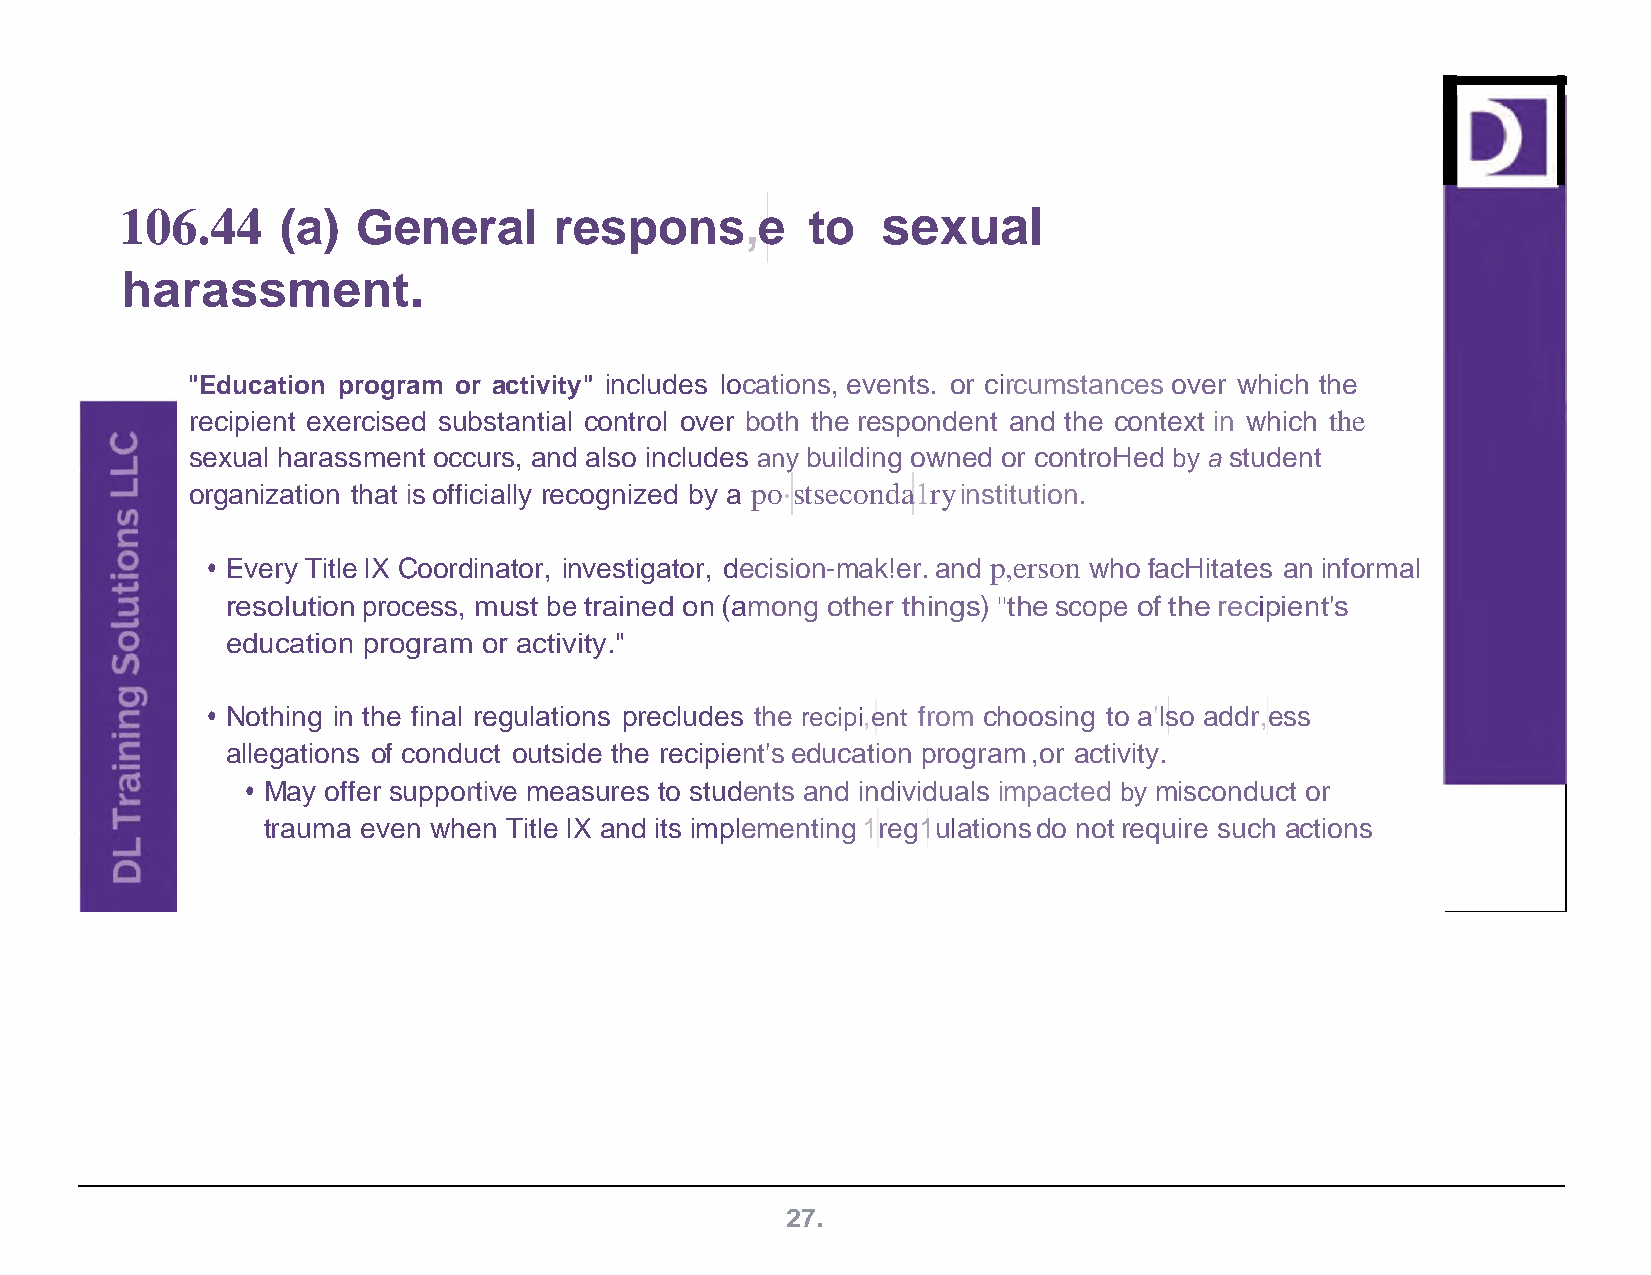
106.44     (a)  General      respons,e       to   sexual
 harassment.
 "Education program or activity" includes locations, events. or circumstances over which the
 recipient exercised substantial control over both the respondent and the context in which the
 sexual harassment occurs, and also includes any building owned or controHed by a student
 organization that is officially recognized by a po·stseconda1ry institution.
 • Every Title IX Coordinator, investigator, decision-mak!er. and p,erson who facHitates an informal
 resolution process, must be trained on (among other things) 11the scope of the recipient's
 education program or activity."
 • Nothing in the final regulations precludes the recipi,ent from choosing to a'lso addr,ess
 allegations of conduct outside the recipient's education program ,or activity.
 • May offer supportive measures to students and individuals impacted by misconduct or
 trauma even when Title IX and its implementing 1reg1ulations do not require such actions
 27.